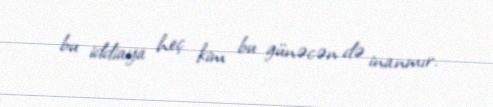
bu iddiaya heç kim bu günəcən də inanmır.